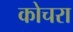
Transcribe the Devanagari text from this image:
कोचरा